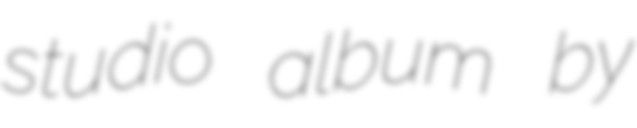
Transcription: studio album by